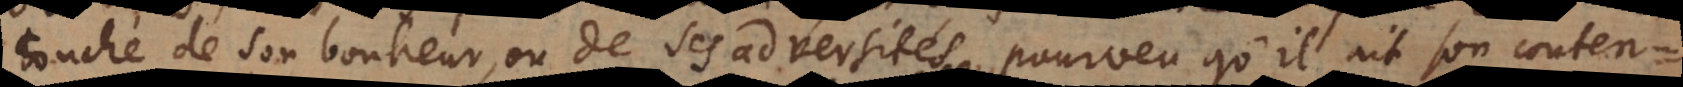
touché de son bonheur, ou de ses adversités, pourveu qu’il ait son conten